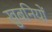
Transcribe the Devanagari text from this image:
खुबनियों